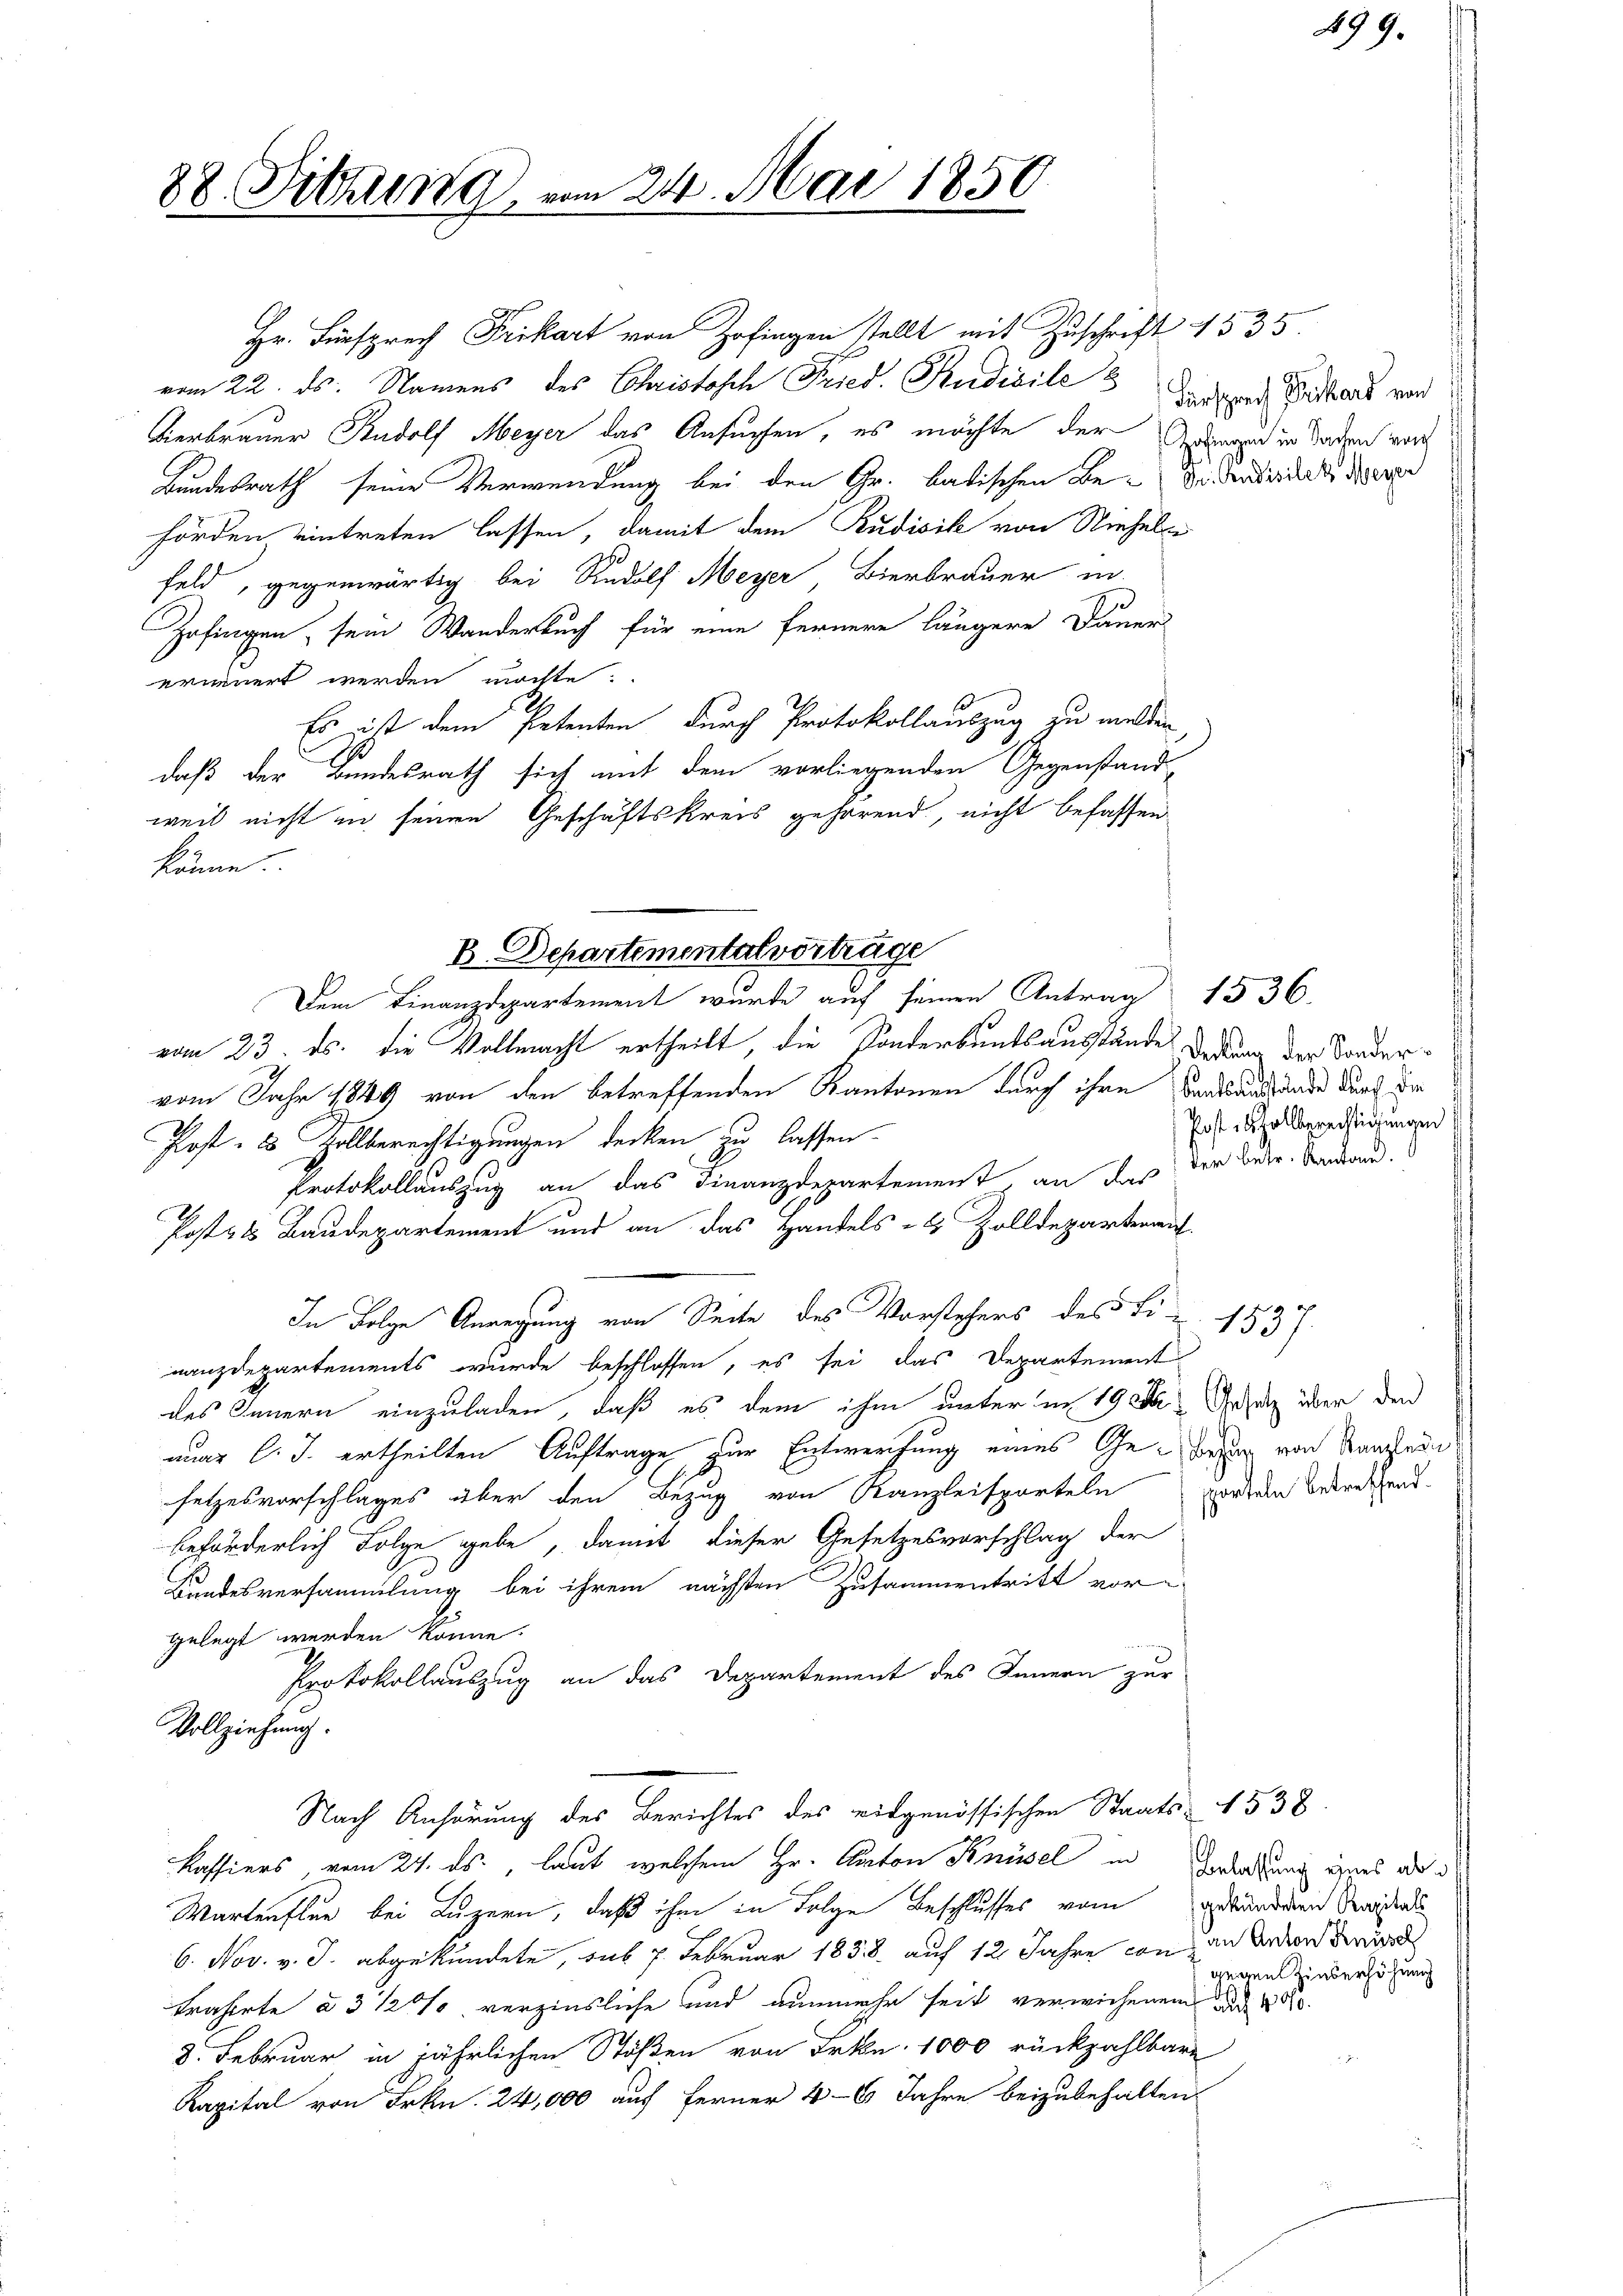
88. Sitzung vom 24. Mai 1850

Hr. Fürsprech Frikart von Zofingen stellt mit Zuschrift 1535.
vom 22. ds. Namens des Christosch Fried. Rudicile
Verbrauer Rudolf Meyer das Ansuchen, es möchte der Amand in Sachen wor
Bundesrath seine Verwendung bei den Gr. batischen Be-Siderseit de
hörden eintreten lassen, damit dem Rudisik von Nieseln
Feld, gegenwärtig bei Rudolf Meyer Bierbrauer in
Zofingen, sein Wanderbuch für eine fernere längere Dauer
erinnert werden möchte.
Es ist dem Petenten durch Protokollauszug zu melden
1
daß der Bundesrath sich mit dem vorliegenden Gegenstand
weil nicht in seinen Geschäftskreis gehörend, nicht befassen
könne.
Dem Finanzdepartement wurde auf seinen Antrag 1536.
vom 23. ds. die Vollmacht ertheilt, die Sonderbundsausstände
vom Jahr 1849 von den betreffenden Kantonen durch ihre Bandsausgrunde durch der
Post- & Zollberechtigungen decken zu lassen.
Protokollauszug an das Finanzdepartement, an das der Betr. Sodand.
Post zu Baudepartement und an das Handels- & Zolldeparterait
In Folge Anregung von Seite des Vorstehers des Tit. 1537.
nanzdepartements wurde beschlossen, es sei das Departement
des Innern einzuladen, daß es dem ihm unter in 19 t Ansatz über den
nuar l. J. ertheilten Auftrage zur Entwerfung eines Geden von Kanadi
setzesvorschlages über den Bezug von Kanzleisporteln forden betretend
beförderlich Folge gebe, damit dieser Gesetzesvorschlag der
Bundesversammlung bei ihrem nächsten Zusammentritt vor-
gelegt werden könne.
Protokollauszug an das Departement des Innern zur
Vollziehung.
Nach Anhörung des Berichtes des eidgenössischen Staats- 1538.
Kassiers vom 24. ds., laut welchem Hr. Anton Knüsel in Bederung eines als i
Wartenflur bei Luzern, daß ihm in Folge Beschlusses vom gebürden Gewissens
6. Nov. v. J. abgekündete, aus 7. Februar 1838. auf 12 Jahre con in den wird
trahirte à 3 1/2 % verzinsliche und nunmehr seit verwichenem und 1820.
8. Februar in jährlichen Stößen von Frkn. 1000 rückzahlbare
Kapital von Frkn. 24,000 auf Ferner 4-6 Jahre beizubehalten.

B. Departemental vorträge

Fürsprech Grkard von

Deckung der Sonder¬
Post erhalberechtigungen

499.

gegen Zinserhöhung